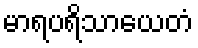
မာရပရိသာယေတံ